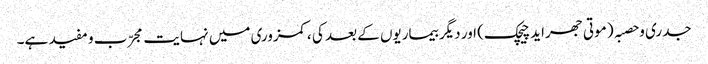
جدری و حصبہ ( موتی جھراید چیچک) اور دیگر بیماریوں کے بعد کی ،کمزوری میں نہایت مجرّب و مفید ہے۔